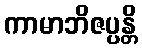
ကာမာဘိဇပ္ပန္တိ